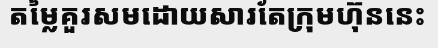
តម្លៃគួរសមដោយសារតែក្រុមហ៊ុននេះ